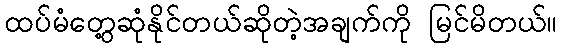
ထပ်မံတွေ့ဆုံနိုင်တယ်ဆိုတဲ့အချက်ကို မြင်မိတယ်။